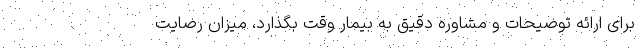
برای ارائه توضیحات و مشاوره دقیق به بیمار وقت بگذارد، میزان رضایت